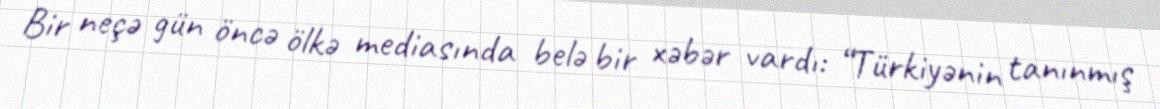
Bir neçə gün öncə ölkə mediasında belə bir xəbər vardı: “Türkiyənin tanınmış